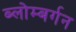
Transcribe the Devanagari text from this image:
ब्लोम्बर्गन